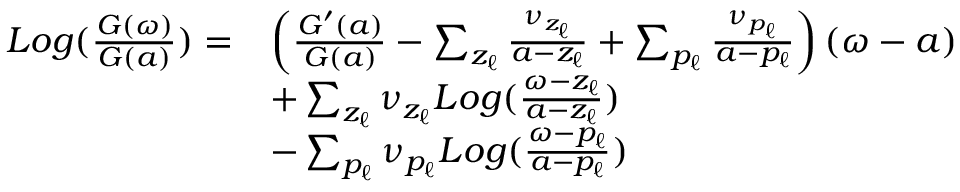
\begin{array} { r } { \begin{array} { r l } { L o g ( \frac { G ( \omega ) } { G ( a ) } ) = } & { \left( \frac { G ^ { \prime } ( a ) } { G ( a ) } - \sum _ { z _ { \ell } } \frac { \nu _ { z _ { \ell } } } { a - z _ { \ell } } + \sum _ { p _ { \ell } } \frac { \nu _ { p _ { \ell } } } { a - p _ { \ell } } \right) ( \omega - a ) } \\ & { + \sum _ { z _ { \ell } } \nu _ { z _ { \ell } } L o g ( \frac { \omega - z _ { \ell } } { a - z _ { \ell } } ) } \\ & { - \sum _ { p _ { \ell } } \nu _ { p _ { \ell } } L o g ( \frac { \omega - p _ { \ell } } { a - p _ { \ell } } ) } \end{array} } \end{array}